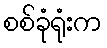
စစ်ခုံရုံးက